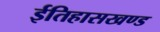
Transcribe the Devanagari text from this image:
ईतिहासखण्ड